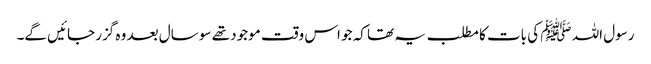
رسول اللہ ﷺ کی بات کا مطلب یہ تھا کہ جو اس وقت موجود تھے سو سال بعد وہ گزر جائیں گے۔